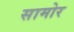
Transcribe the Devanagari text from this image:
सामोर